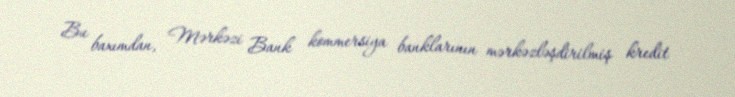
Bu baxımdan, Mərkəzi Bank kommersiya banklarının mərkəzləşdirilmiş kredit